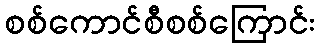
စစ်ကောင်စီစစ်ကြောင်း